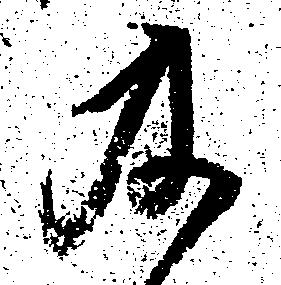
及